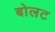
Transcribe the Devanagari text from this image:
बोलट